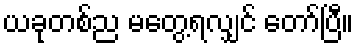
ယခုတစ်ည မတွေ့ရလျှင် တော်ပြီ။